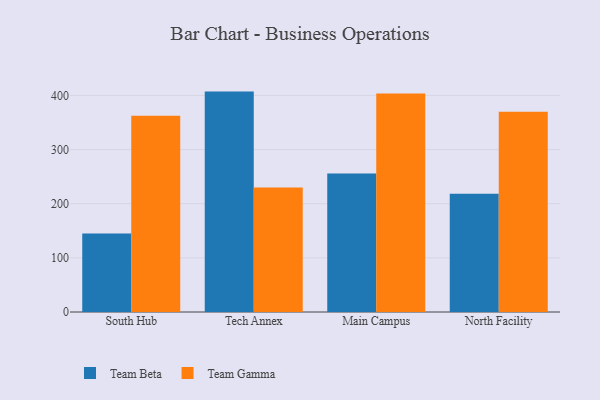
{"axis": {"x": "Campus", "y": "Operating Costs (USD K)"}, "legend": ["Team Beta", "Team Gamma"], "data": [{"x": "South Hub", "y": 144.8, "type": "Team Beta"}, {"x": "South Hub", "y": 362.7, "type": "Team Gamma"}, {"x": "Tech Annex", "y": 407.1, "type": "Team Beta"}, {"x": "Tech Annex", "y": 230.1, "type": "Team Gamma"}, {"x": "Main Campus", "y": 256.0, "type": "Team Beta"}, {"x": "Main Campus", "y": 403.6, "type": "Team Gamma"}, {"x": "North Facility", "y": 218.3, "type": "Team Beta"}, {"x": "North Facility", "y": 369.9, "type": "Team Gamma"}]}